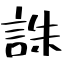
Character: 誅